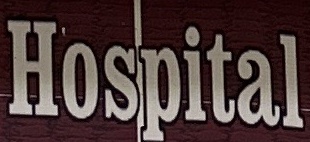
Hospital